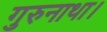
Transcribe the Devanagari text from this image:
गुरुनाथा।